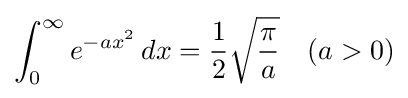
\int _{0}^{\infty }e^{-ax^{2}}\,dx={\frac {1}{2}}{\sqrt {\pi  \over a}}\quad (a>0)